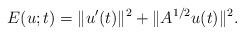
LaTeX: \begin{align*}E(u;t)=\|u'(t)\|^2+\|A^{1/2}u(t)\|^2.\end{align*}